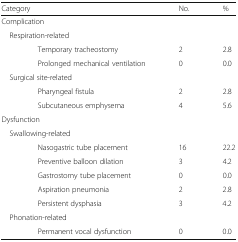
| <COLSPAN=2> Category | No. | % |
 | --- | --- | --- | --- |
 | <COLSPAN=4> Complication |
 | <COLSPAN=4> Respiration-related |
 | <ROWSPAN=2>  | Temporary tracheostomy | 2 | 2.8 |
 | Prolonged mechanical ventilation | 0 | 0.0 |
 | <COLSPAN=4> Surgical site-related |
 | <ROWSPAN=2>  | Pharyngeal fistula | 2 | 2.8 |
 | Subcutaneous emphysema | 4 | 5.6 |
 | <COLSPAN=4> Dysfunction |
 | <COLSPAN=4> Swallowing-related |
 | <ROWSPAN=5>  | Nasogastric tube placement | 16 | 22.2 |
 | Preventive balloon dilation | 3 | 4.2 |
 | Gastrostomy tube placement | 0 | 0.0 |
 | Aspiration pneumonia | 2 | 2.8 |
 | Persistent dysphasia | 3 | 4.2 |
 | <COLSPAN=4> Phonation-related |
 |  | Permanent vocal dysfunction | 0 | 0.0 |